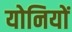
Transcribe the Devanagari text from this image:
योनियों